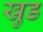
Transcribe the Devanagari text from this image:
खुड